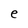
Character: e